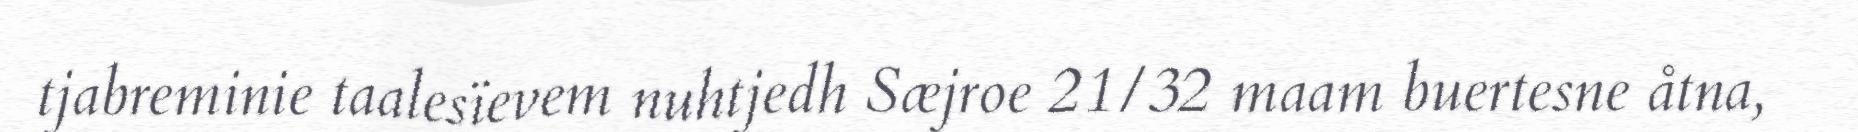
tjabreminie taalesïevem nuhtjedh Sæjroe 21/32 maam buertesne åtna,